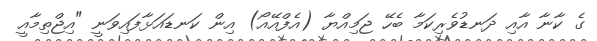
ގެ ކާނާ އާއި ދަނޑުވެރިކަމާ ބެހޭ ޖަމިއްޔާ (އެފްއޭއޯ) އިން ކަނޑައަޅާފައިވަނީ "އިޖްތިމާއީ